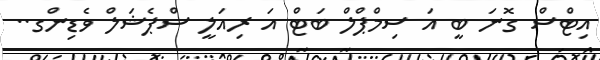
އިޓްސް ގޮނަ ބީ އަ ސިމްޕްލް ބަޓް އަ ރިއަލީ ސްޕެޝަލް ވެޑިންގ..